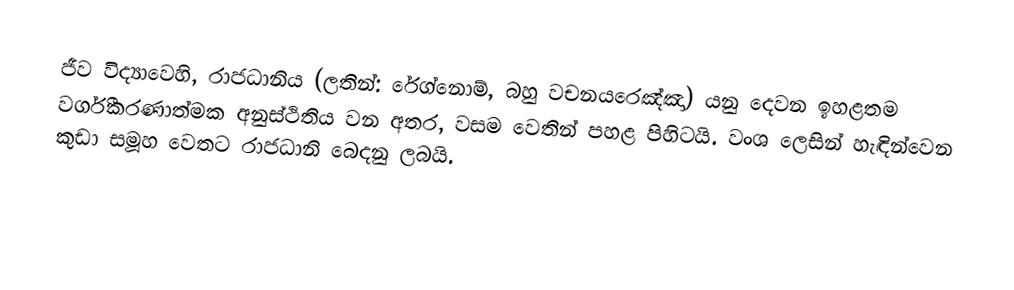
ජීව විද්‍යාවෙහි, රාජධානිය (ලතින්: රේග්නොම්, බහු වචනයරෙඤ්ඤා) යනු දෙවන ඉහළතම වර්ගීකරණාත්මක අනුස්ථිතිය වන අතර, වසම වෙතින් පහළ පිහිටයි. වංශ ලෙසින් හැඳින්වෙන කුඩා සමූහ වෙතට රාජධානි බෙදනු ලබයි.